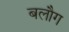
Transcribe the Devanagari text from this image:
बलौग